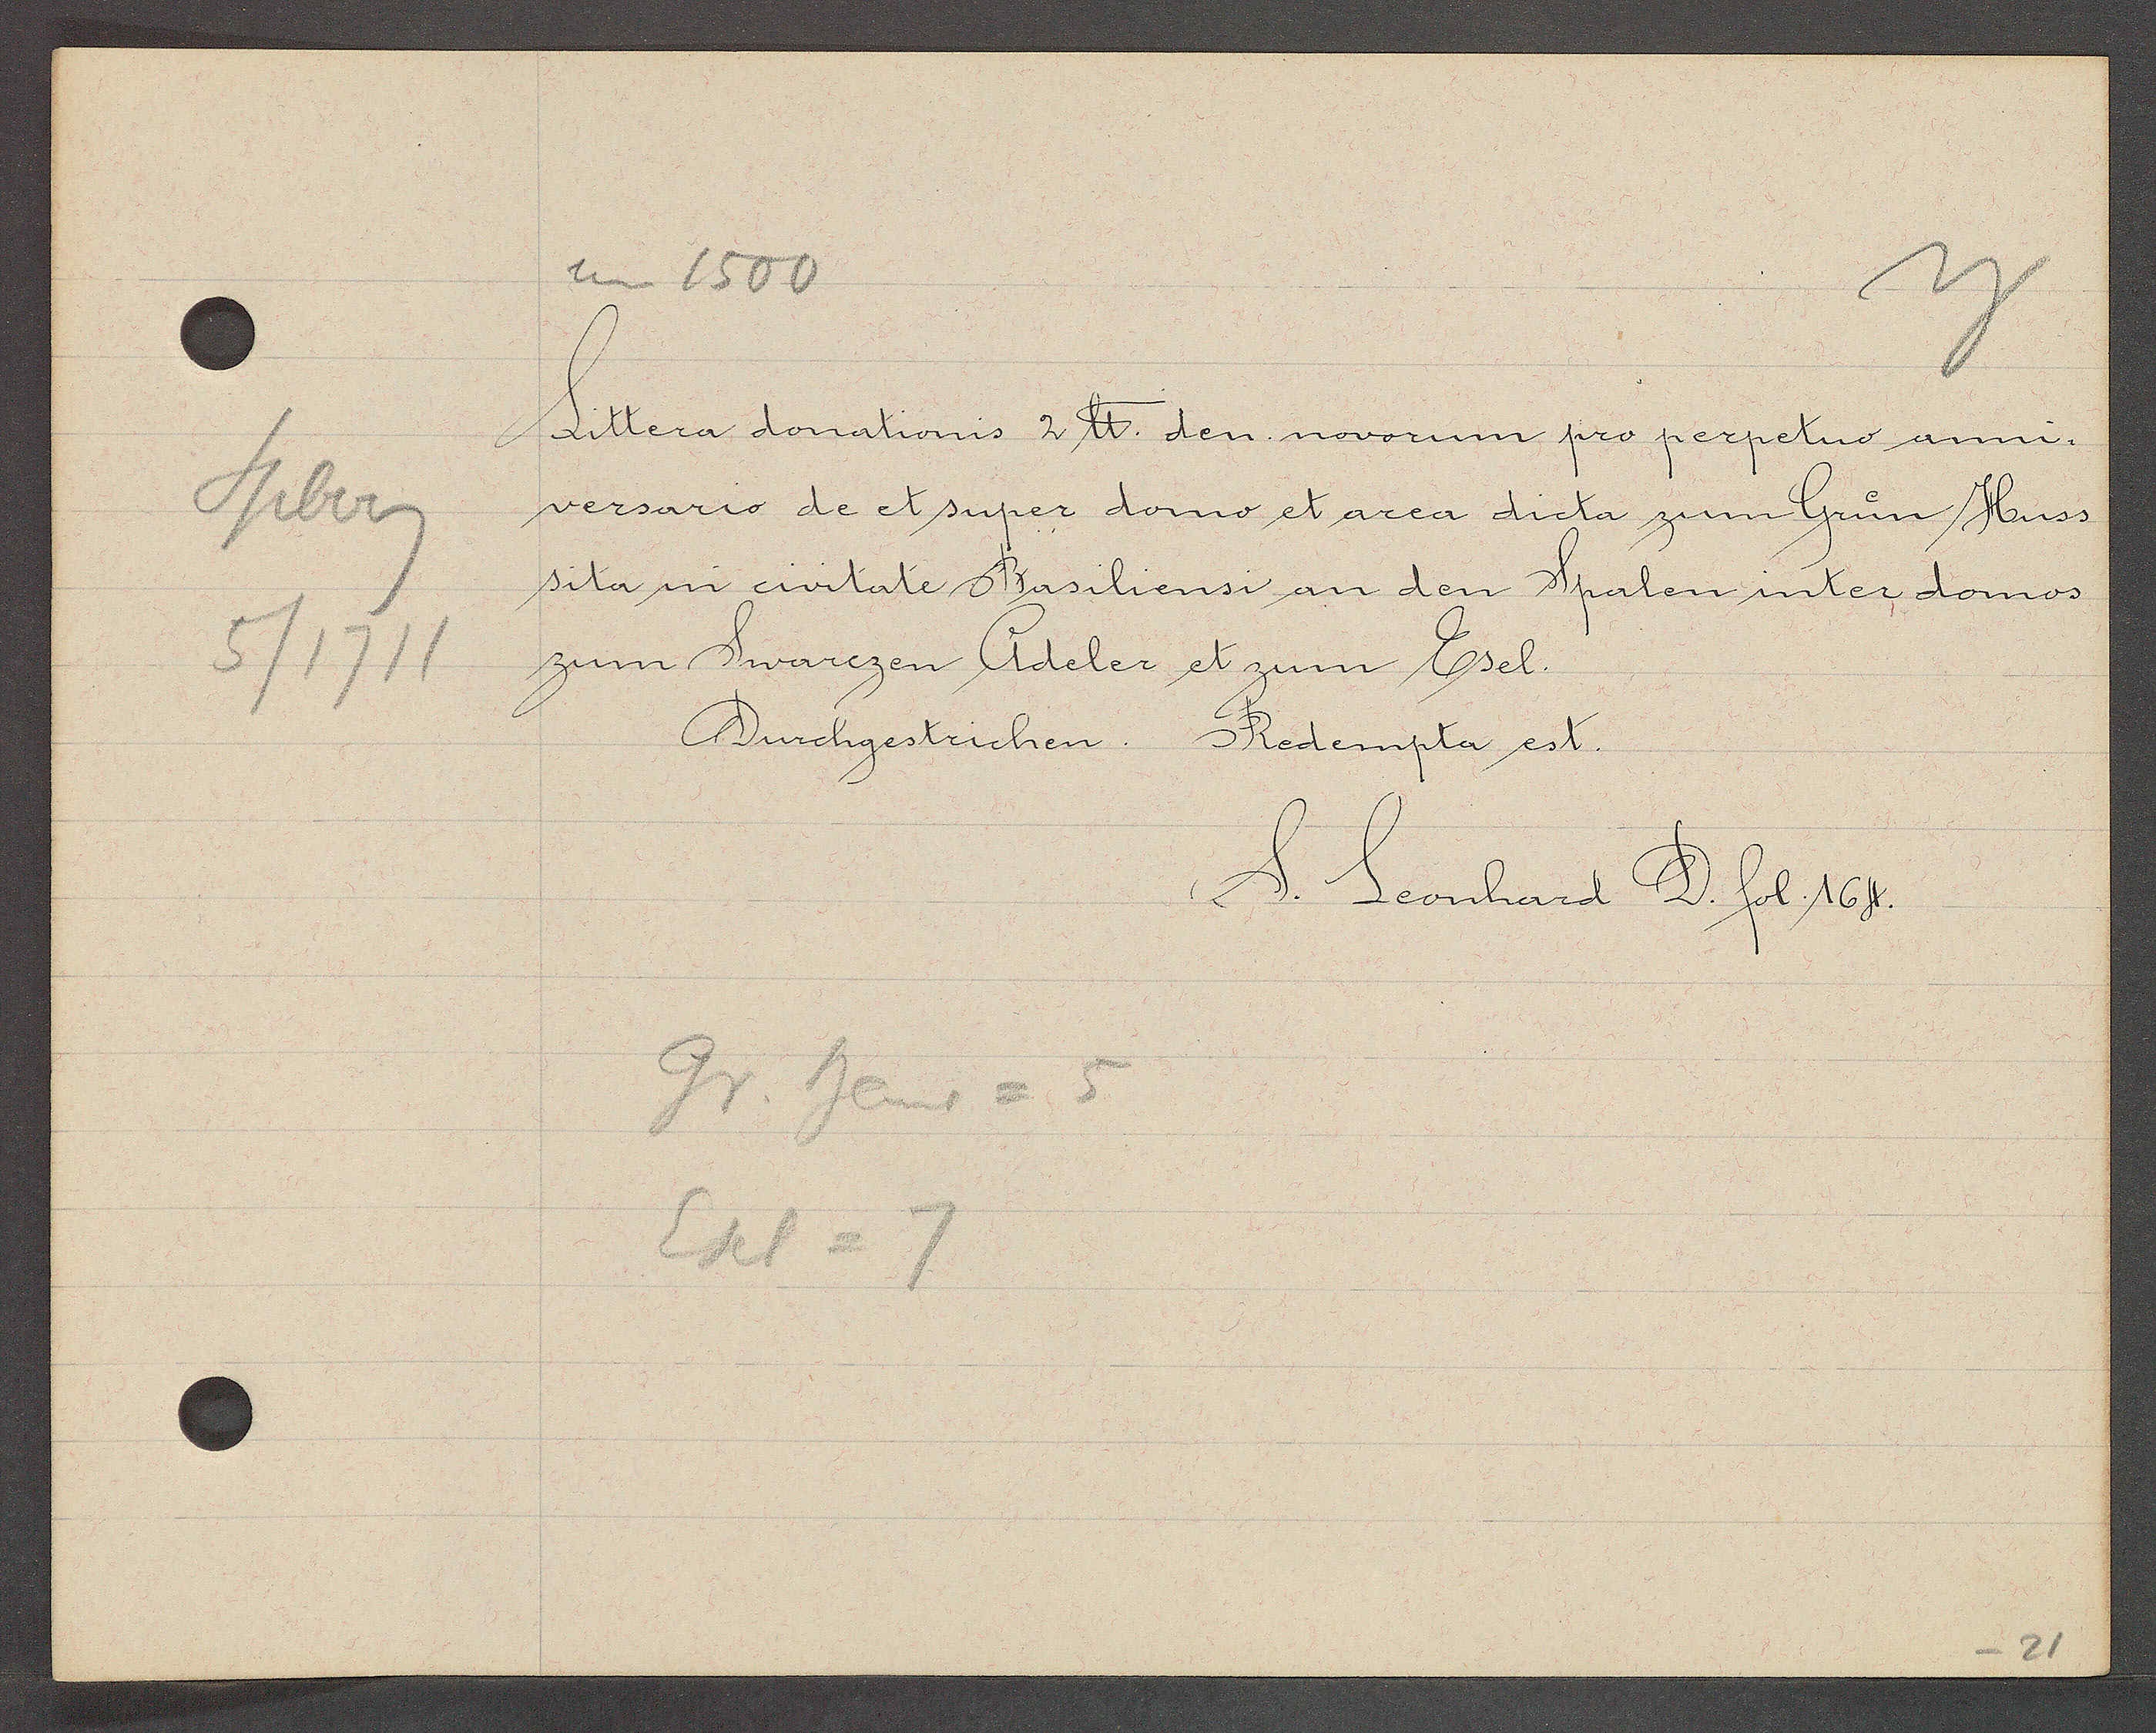
Transcript:
Spberg
5/1711

um 1502

Littera donationis 2 ℔. den. novorum pro perpetuo anni-
versario de et super domo et area dicta zum Grun Huss,
sita in civitate Basiliensi an den Spalen inter domos
zum Swarezen Adeler et zum Esel.
Durchgestrichen Redempta est

Gr. haus = 5
Esel =7

S. Leonhard D. fol. 164.